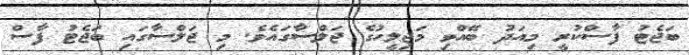
ބަޖެޓު ފާސްކުރީ މިއަދު ބޭއްވި މަޖިލީހުގެ ޖަލްސާގައެވެ. މި ޖަލްސާގައި ބަޖެޓު ފާސް